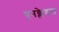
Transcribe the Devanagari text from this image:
एनक्लेडस